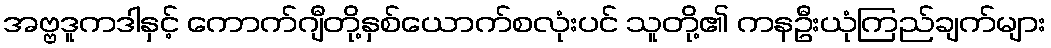
အဗ္ဗဒူကဒါနှင့် ကောက်ဂျီတို့နှစ်ယောက်စလုံးပင် သူတို့၏ ကနဦးယုံကြည်ချက်များ